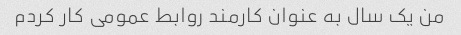
من یک سال به عنوان کارمند روابط عمومی کار کردم